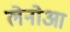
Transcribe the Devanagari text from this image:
लेनोआ